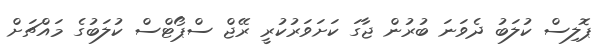
ޕޮލިސް ކުލަބު ދެވަނަ ބުރުން ޖާގަ ކަށަވަރުކުރީ ރޭޖް ސްޕޯޓްސް ކުލަބުގެ މައްޗަށް